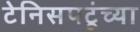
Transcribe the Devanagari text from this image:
टेनिसपटूंच्या